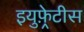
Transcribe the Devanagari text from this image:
इयुफ़्रेटीस